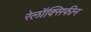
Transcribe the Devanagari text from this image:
रेलॉक्सिफीन